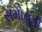
સમોવડી